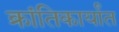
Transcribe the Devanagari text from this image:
क्रांतिकार्यांत